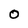
Character: 0